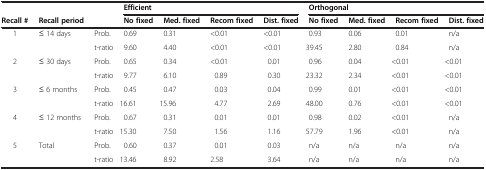
<table><thead><tr><td><b> </b></td><td><b> </b></td><td><b> </b></td><td colspan="4"><b>Efficient</b></td><td colspan="4"><b>Orthogonal</b></td></tr><tr><td><b>Recall #</b></td><td><b>Recall period</b></td><td><b> </b></td><td><b>No fixed</b></td><td><b>Med. fixed</b></td><td><b>Recom fixed</b></td><td><b>Dist. fixed</b></td><td><b>No fixed</b></td><td><b>Med. fixed</b></td><td><b>Recom fixed</b></td><td><b>Dist. fixed</b></td></tr></thead><tbody><tr><td rowspan="2">1</td><td rowspan="2">≤ 14 days</td><td>Prob.</td><td>0.69</td><td>0.31</td><td>&lt;0.01</td><td>&lt;0.01</td><td>0.93</td><td>0.06</td><td>0.01</td><td>n/a</td></tr><tr><td>t-ratio</td><td>9.60</td><td>4.40</td><td>&lt;0.01</td><td>&lt;0.01</td><td>39.45</td><td>2.80</td><td>0.84</td><td>n/a</td></tr><tr><td rowspan="2">2</td><td rowspan="2">≤ 30 days</td><td>Prob.</td><td>0.65</td><td>0.34</td><td>&lt;0.01</td><td>0.01</td><td>0.96</td><td>0.04</td><td>&lt;0.01</td><td>&lt;0.01</td></tr><tr><td>t-ratio</td><td>9.77</td><td>6.10</td><td>0.89</td><td>0.30</td><td>23.32</td><td>2.34</td><td>&lt;0.01</td><td>&lt;0.01</td></tr><tr><td rowspan="2">3</td><td rowspan="2">≤ 6 months</td><td>Prob.</td><td>0.45</td><td>0.47</td><td>0.03</td><td>0.04</td><td>0.99</td><td>0.01</td><td>&lt;0.01</td><td>&lt;0.01</td></tr><tr><td>t-ratio</td><td>16.61</td><td>15.96</td><td>4.77</td><td>2.69</td><td>48.00</td><td>0.76</td><td>&lt;0.01</td><td>&lt;0.01</td></tr><tr><td rowspan="2">4</td><td rowspan="2">≤ 12 months</td><td>Prob.</td><td>0.67</td><td>0.31</td><td>0.01</td><td>0.01</td><td>0.98</td><td>0.02</td><td>&lt;0.01</td><td>n/a</td></tr><tr><td>t-ratio</td><td>15.30</td><td>7.50</td><td>1.56</td><td>1.16</td><td>57.79</td><td>1.96</td><td>&lt;0.01</td><td>n/a</td></tr><tr><td rowspan="2">5</td><td rowspan="2">Total</td><td>Prob.</td><td>0.60</td><td>0.37</td><td>0.01</td><td>0.03</td><td>n/a</td><td>n/a</td><td>n/a</td><td>n/a</td></tr><tr><td>t-ratio</td><td>13.46</td><td>8.92</td><td>2.58</td><td>3.64</td><td>n/a</td><td>n/a</td><td>n/a</td><td>n/a</td></tr></tbody></table>